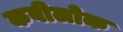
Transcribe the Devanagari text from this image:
कवीलोक